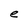
Character: e